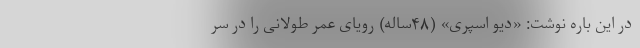
در این باره نوشت: «دیو اسپری» (۴۸ساله) رویای عمر طولانی را در سر